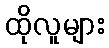
ထိုလူများ